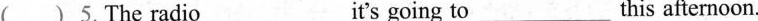
( ) 5. Theradio___it'sgoingto___this afternoon.